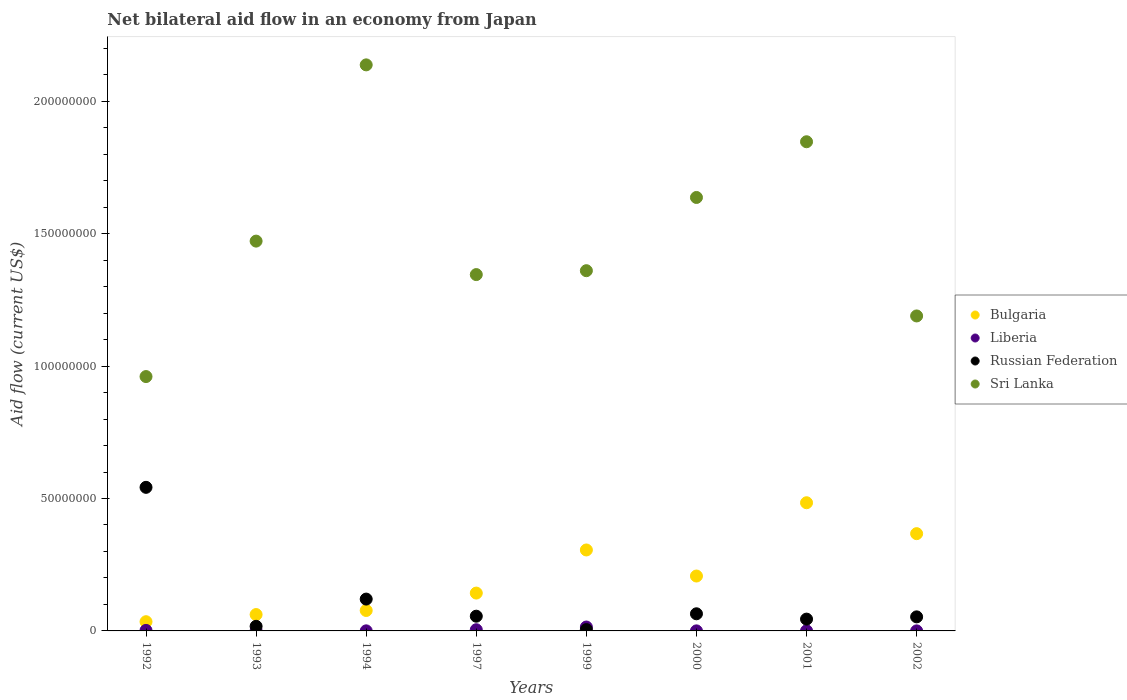
| Years | Bulgaria | Liberia | Russian Federation | Sri Lanka |
 | --- | --- | --- | --- | --- |
 | 1992 | 3.48e+06 | 2e+05 | 5.42e+07 | 9.60e+07 |
 | 1993 | 6.18e+06 | 6e+04 | 1.74e+06 | 1.47e+08 |
 | 1994 | 7.72e+06 | 3e+04 | 1.2e+07 | 2.14e+08 |
 | 1997 | 1.43e+07 | 4.5e+05 | 5.56e+06 | 1.35e+08 |
 | 1999 | 3.06e+07 | 1.47e+06 | 5e+05 | 1.36e+08 |
 | 2000 | 2.07e+07 | 2e+04 | 6.47e+06 | 1.64e+08 |
 | 2001 | 4.84e+07 | 5e+04 | 4.46e+06 | 1.85e+08 |
 | 2002 | 3.67e+07 | 2e+04 | 5.31e+06 | 1.19e+08 |